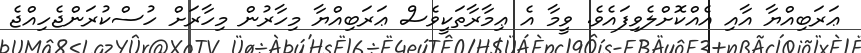
ޢަރަބިއްޔާ އާއި އެއްކޮށްލެވިފައެވެ. ވީމާ އެ ޢިމާރާތަކީވެސް ޢަރަބިއްޔާ މިހާރުން މިހާރަށް ހުސްކުރަންޖެހިއްޖެ